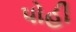
પોહી